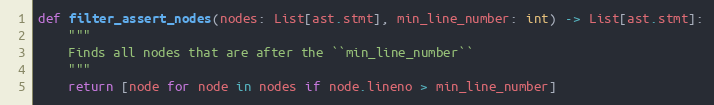
Language: Python
def filter_assert_nodes(nodes: List[ast.stmt], min_line_number: int) -> List[ast.stmt]:
    """
    Finds all nodes that are after the ``min_line_number``
    """
    return [node for node in nodes if node.lineno > min_line_number]